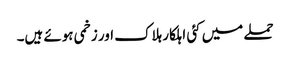
حملے میں کئی اہلکار ہلاک اور زخمی ہوئے ہیں۔